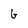
Character: b